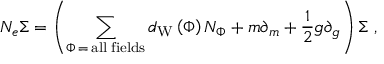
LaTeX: N _ { e } \Sigma = \left( \sum _ { \Phi \, = \, \mathrm { a l l \; f i e l d s } } d _ { \mathrm { W } } \left( \Phi \right) N _ { \Phi } + m \partial _ { m } + \frac 1 2 g \partial _ { g } \right) \Sigma \, \, ,